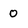
Character: 0